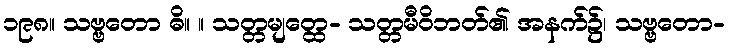
၁၉၈။ သဗ္ဗတော ဓိ။ ။ သတ္တမျတ္ထေ- သတ္တမီဝိဘတ်၏ အနက်၌၊ သဗ္ဗတော-